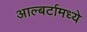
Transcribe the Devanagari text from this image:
आल्बर्टामध्ये